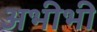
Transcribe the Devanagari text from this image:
अभीभी